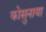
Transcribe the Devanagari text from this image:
कोसुनाया